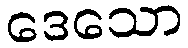
ဒေသော